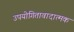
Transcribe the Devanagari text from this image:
उपयोगितावादात्मक